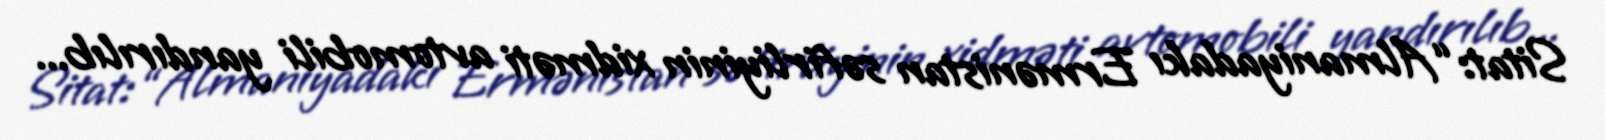
Sitat: “Almaniyadakı Ermənistan səfirliyinin xidməti avtomobili yandırılıb...